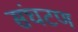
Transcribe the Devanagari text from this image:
संघटण